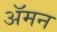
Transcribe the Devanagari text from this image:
अॅमन